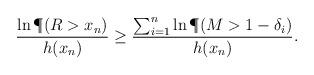
LaTeX: \begin{align*}\frac{\ln\P(R>x_n)}{h(x_n)}\geq \frac{\sum_{i=1}^n \ln\P(M>1-\delta_i)}{h(x_{n})}.\end{align*}